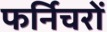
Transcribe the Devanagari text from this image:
फर्निचरों